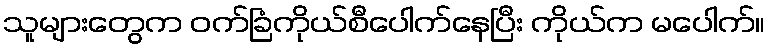
သူများတွေက ဝက်ခြံကိုယ်စီပေါက်နေပြီး ကိုယ်က မပေါက်။